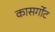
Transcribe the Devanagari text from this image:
कासर्गोट